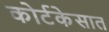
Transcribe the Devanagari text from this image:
कोर्टकेसात